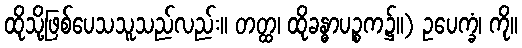
ထိုသို့ဖြစ်ပေသသူသည်လည်း။ တတ္ထ၊ ထိုခန္ဓာပဉ္စက၌။) ဥပေက္ခံ၊ ကို။